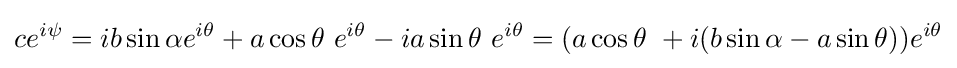
ce^{i\psi }=ib\sin \alpha e^{i\theta }+a\cos \theta \ e^{i\theta }-ia\sin \theta \ e^{i\theta }=(a\cos \theta \ +i(b\sin \alpha -a\sin \theta ))e^{i\theta }